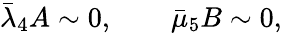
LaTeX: \begin{array}{r}{\bar{\lambda}_{4}A\sim 0,\qquad\bar{\mu}_{5}B\sim 0,}\end{array}